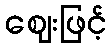
ဈေးဖြင့်